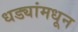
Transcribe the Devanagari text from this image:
धड्यांमधून